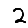
Digit: 2